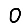
Digit: 0